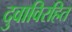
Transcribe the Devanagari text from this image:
दुवाविरहित